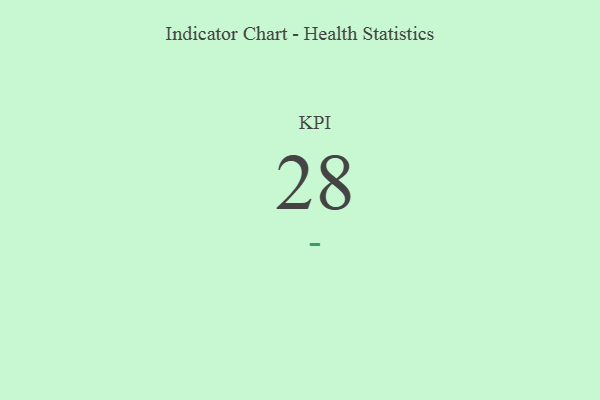
{"axis": {"x": "KPI", "y": "Value"}, "legend": [""], "data": [{"x": "KPI", "y": 28, "type": ""}]}